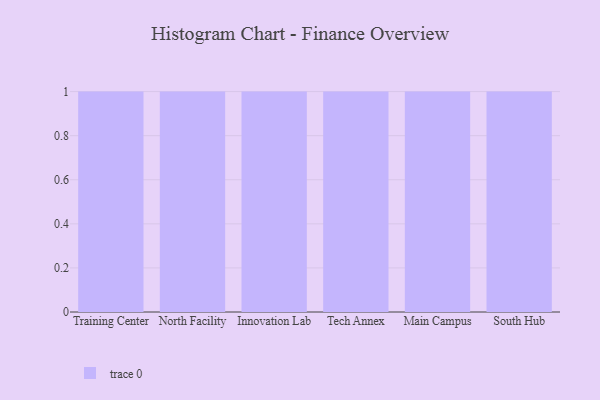
{"axis": {"x": "Campus", "y": "Latency (ms)"}, "legend": [""], "data": [{"x": "Training Center", "y": 42, "type": ""}, {"x": "North Facility", "y": 27, "type": ""}, {"x": "Innovation Lab", "y": 49, "type": ""}, {"x": "Tech Annex", "y": 32, "type": ""}, {"x": "Main Campus", "y": 100, "type": ""}, {"x": "South Hub", "y": 45, "type": ""}]}